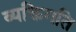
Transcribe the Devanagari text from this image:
व्यक्तिगति